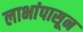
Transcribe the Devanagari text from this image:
लाभांपासून